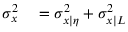
\begin{array} { r l } { \sigma _ { x } ^ { 2 } } & { { } = \sigma _ { x | \eta } ^ { 2 } + \sigma _ { x | L } ^ { 2 } } \end{array}